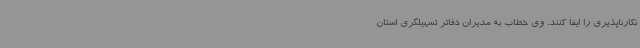
نکارناپذیری را ایفا کنند. وی خطاب به مدیران دفاتر تسهیلگری استان